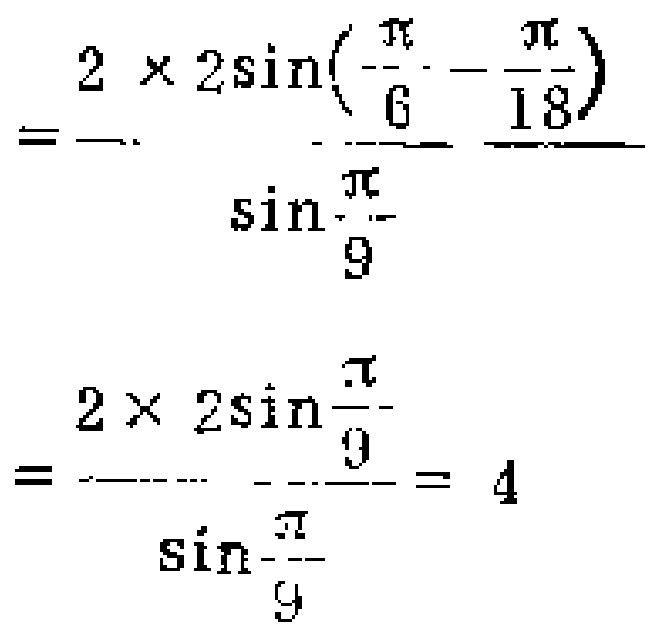
\[\frac{2\times 2\sin(\frac{\pi}{6}-\frac{\pi}{18})}{\sin\frac{\pi}{9}}=\frac{2\times 2\sin\frac{\pi}{9}}{\sin\frac{\pi}{9}} = 4\]